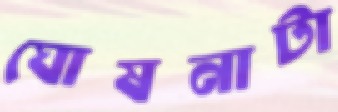
ঘোষনাটা